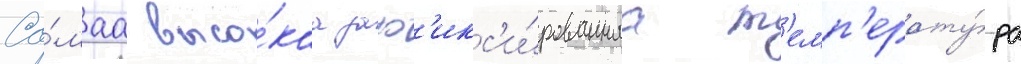
Са́маа высо́каа заф'икс'и́рованнаа т'емп'ерату́ра